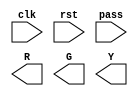
module traffic_light(clk,rst,pass,R,G,Y);
input clk,rst,pass;
output R,G,Y;

//write your code here

endmodule